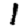
Digit: 1